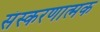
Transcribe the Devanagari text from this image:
संस्करणात्मक